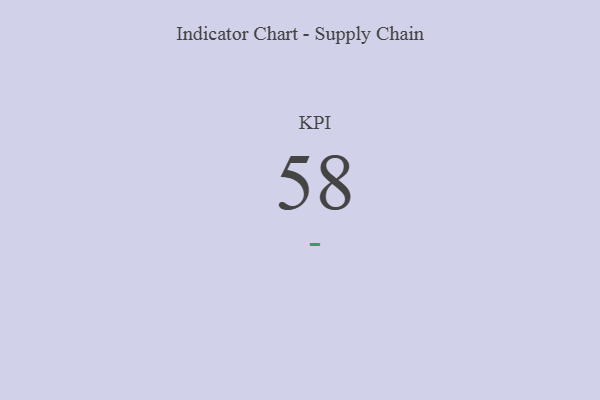
{"axis": {"x": "KPI", "y": "Value"}, "legend": [""], "data": [{"x": "KPI", "y": 58, "type": ""}]}